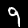
Digit: 9